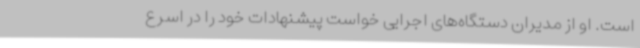
است. او از مدیران دستگاه‌های اجرایی خواست پیشنهادات خود را در اسرع